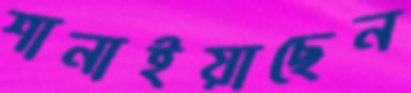
শানাইয়াছেন